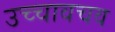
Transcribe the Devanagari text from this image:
उच्चावचव